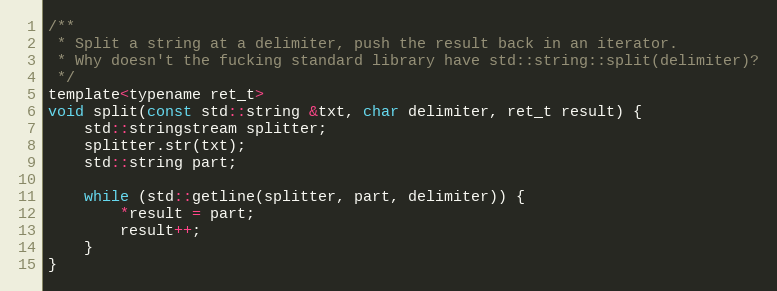
Language: C
/**
 * Split a string at a delimiter, push the result back in an iterator.
 * Why doesn't the fucking standard library have std::string::split(delimiter)?
 */
template<typename ret_t>
void split(const std::string &txt, char delimiter, ret_t result) {
	std::stringstream splitter;
	splitter.str(txt);
	std::string part;

	while (std::getline(splitter, part, delimiter)) {
		*result = part;
		result++;
	}
}